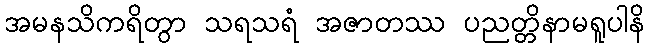
အမနသိကရိတွာ သရသရံ အဇာတဿ ပညတ္တိနာမရူပါနိ